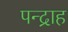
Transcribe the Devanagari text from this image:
पन्द्राह